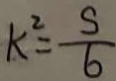
k ^ { 2 } = \frac { s } { 6 }